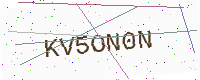
Text: KV5ON0N